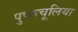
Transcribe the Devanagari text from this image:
पुप्फचूलिया